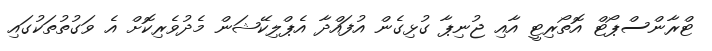
ޓްރާންސްޕޯޓް އޮތޯރިޓީ އާއި ޖުނިޕާ ގުޅިގެން އުފައްދާ އެޕްލިކޭޝަން މެދުވެރިކޮށް އެ ވަގުތުތަކުގައި